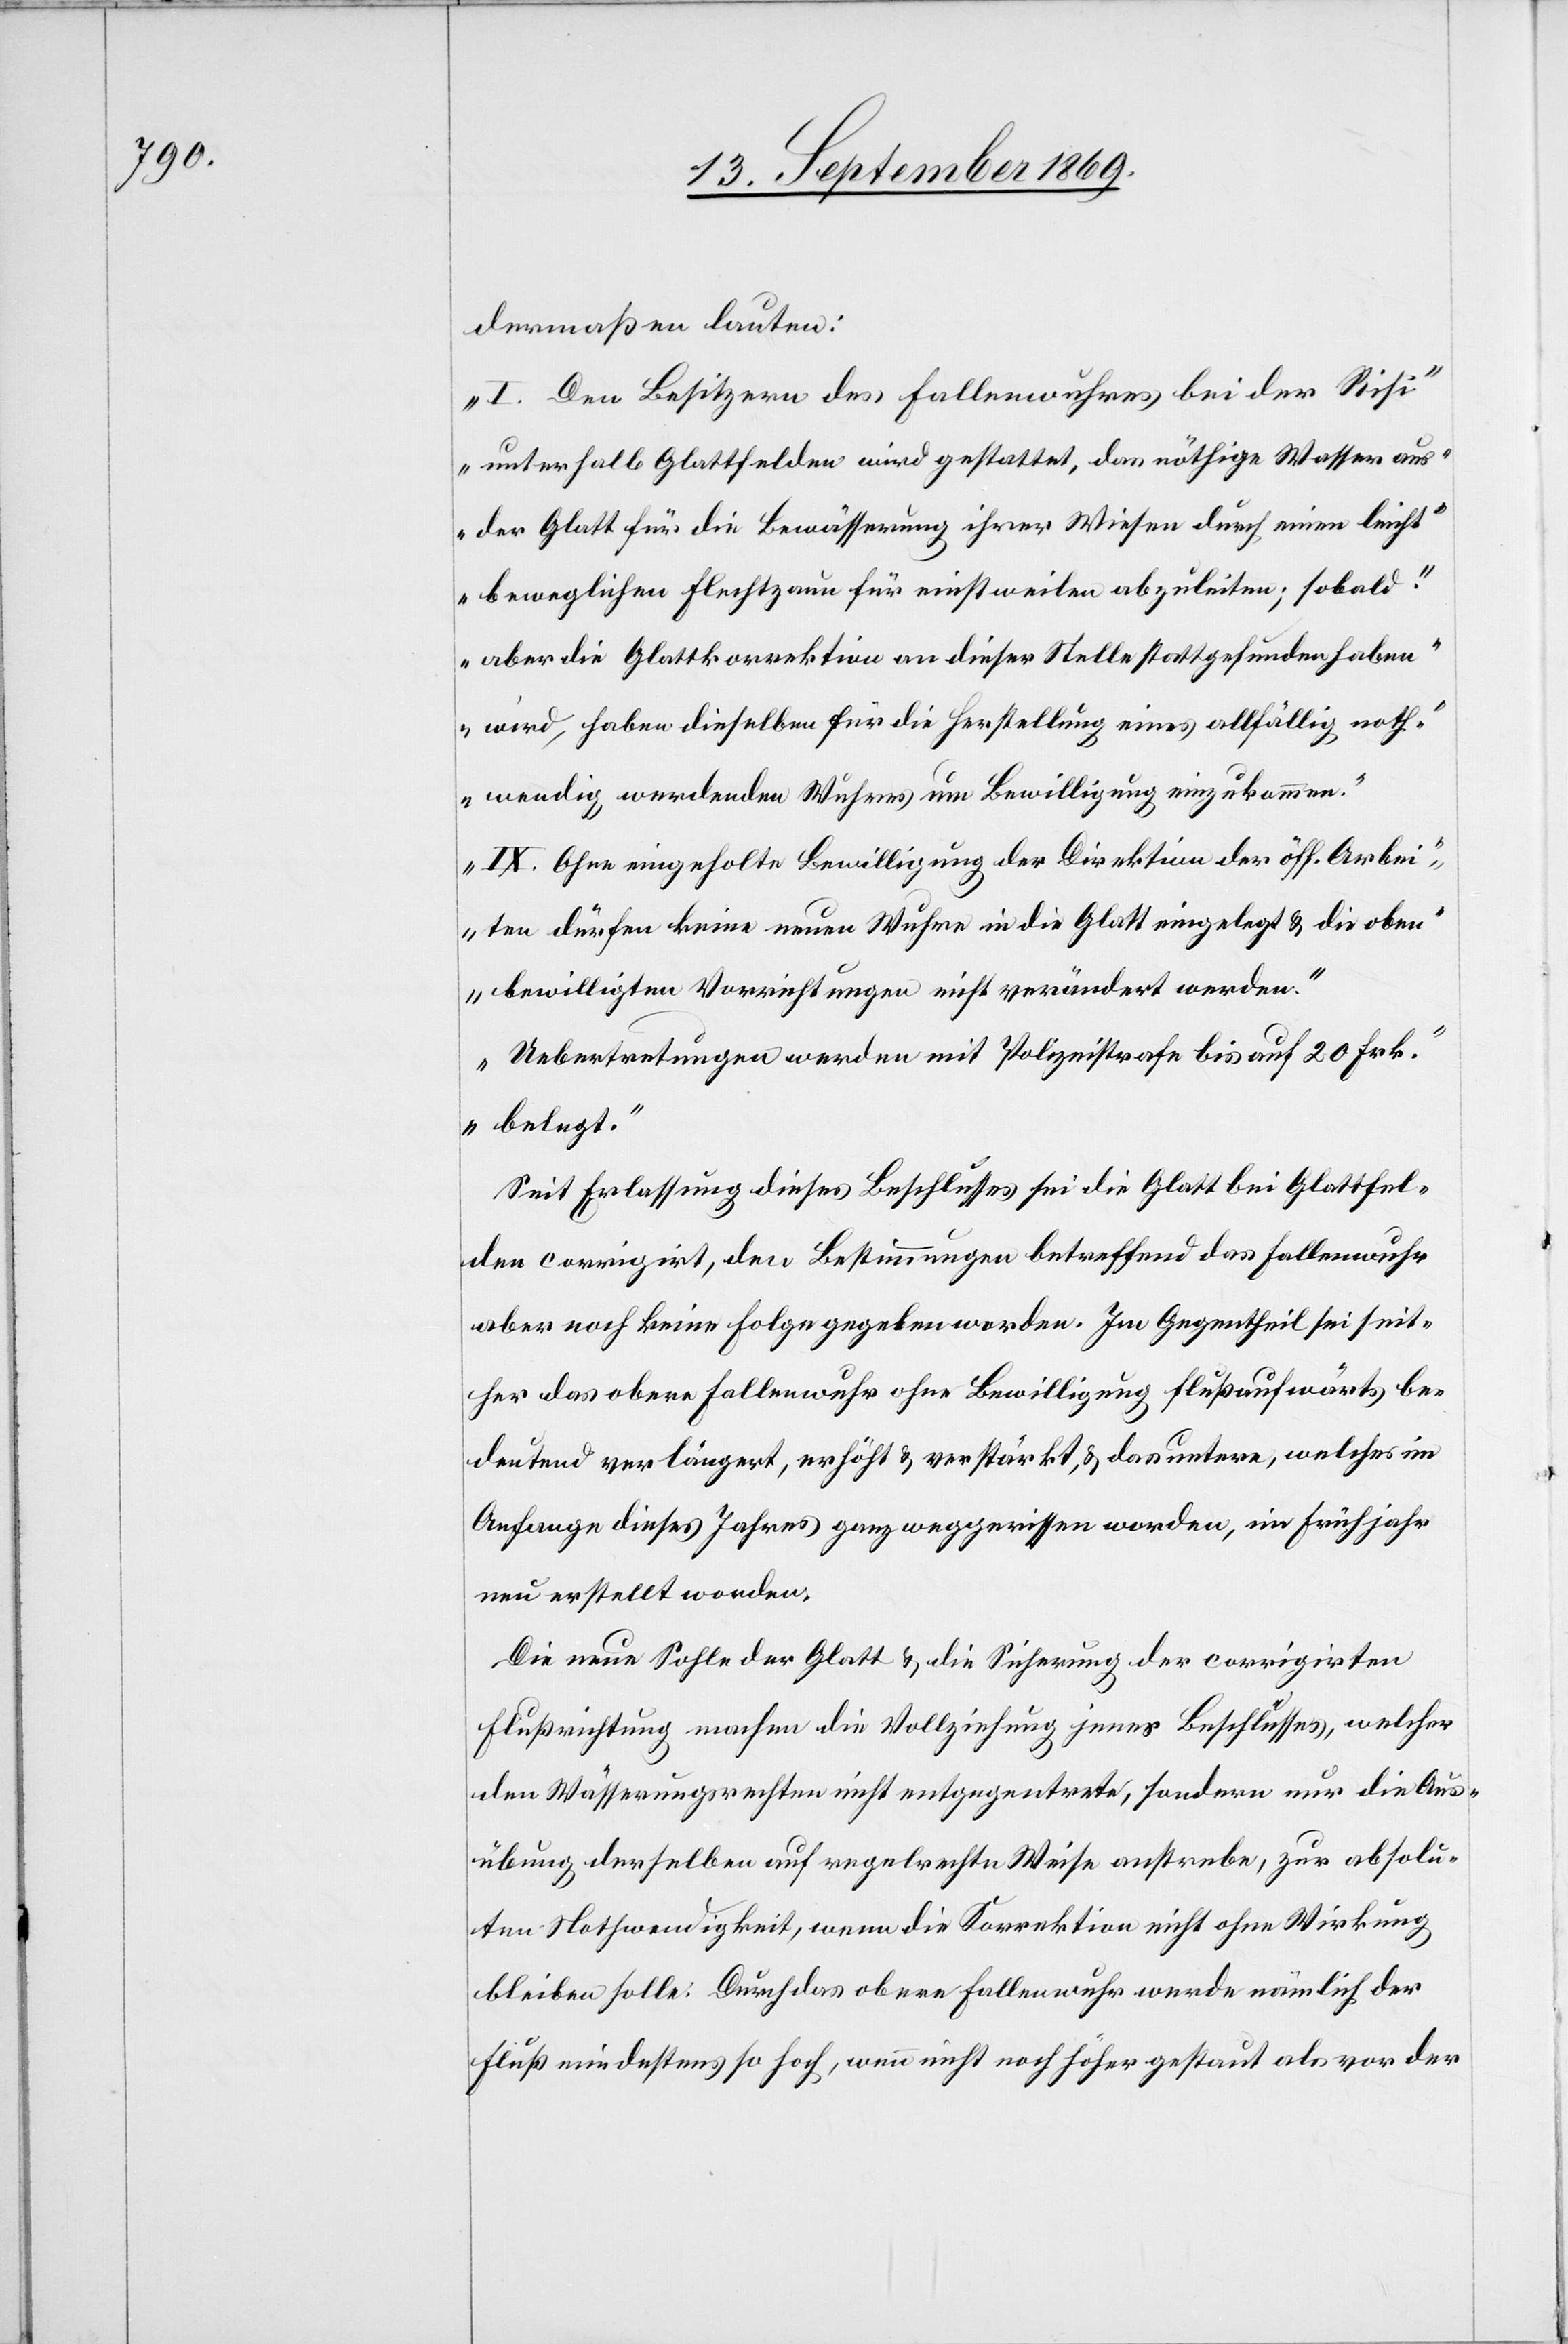
dermaßen lauten:
„I. Den Besitzern des Fallenwuhres bei der Risi
unterhalb Glattfelden wird gestattet, das nöthige Wasser aus
der Glatt für die Bewässerung ihrer Wiesen durch einen leicht
beweglichen Flechtzaun für einstweilen abzuleiten; sobald
aber die Glattkorrektion an dieser Stelle stattgefunden haben
wird, haben dieselben für die Herstellung eines allfällig noth¬
wendig werdenden Wuhres um Bewilligung einzukommen.
IX. Ohne eingeholte Bewilligung der Direktion der öff. Arbei¬
ten dürfen keine neuen Wuhre in die Glatte eingelegt & die oben
bewilligten Vorrichtungen nicht verändert werden.
Uebertretungen werden mit Polizeistrafe bis auf 20 Frk.
belegt.“
Seit Erlassung dieses Beschlusses sei die Glatt bei Glattfel¬
den corrigirt, den Bestimmungen betreffend das Fallenwuhr
aber noch keine Folge gegeben worden. Im Gegentheil sei seit¬
her das obere Fallenwuhr ohne Bewilligung flußaufwärts be¬
deutend verlängert, erhöht & verstärkt, & das untere, welches im
Anfange dieses Jahres ganz weggerissen worden, im Frühjahr
neu erstellt worden.
Die neue Sohne der Glatt & die Sicherung der corrigirten
Flußrichtung machen die Vollziehung jenes Beschlusses, welcher
den Wässerungsrechten nicht entgegentrete, sondern nur die Aus¬
übung derselben auf regelrechte Weise anstrebe, zur absolu¬
ten Nothwendigkeit, wenn die Korrektion nicht ohne Wirkung
bleiben solle. Durch das obere Fallenwuhr werde nämlich der
Fluß mindestens so hoch, wenn nicht noch höher gestaut, als vor der